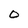
Character: O